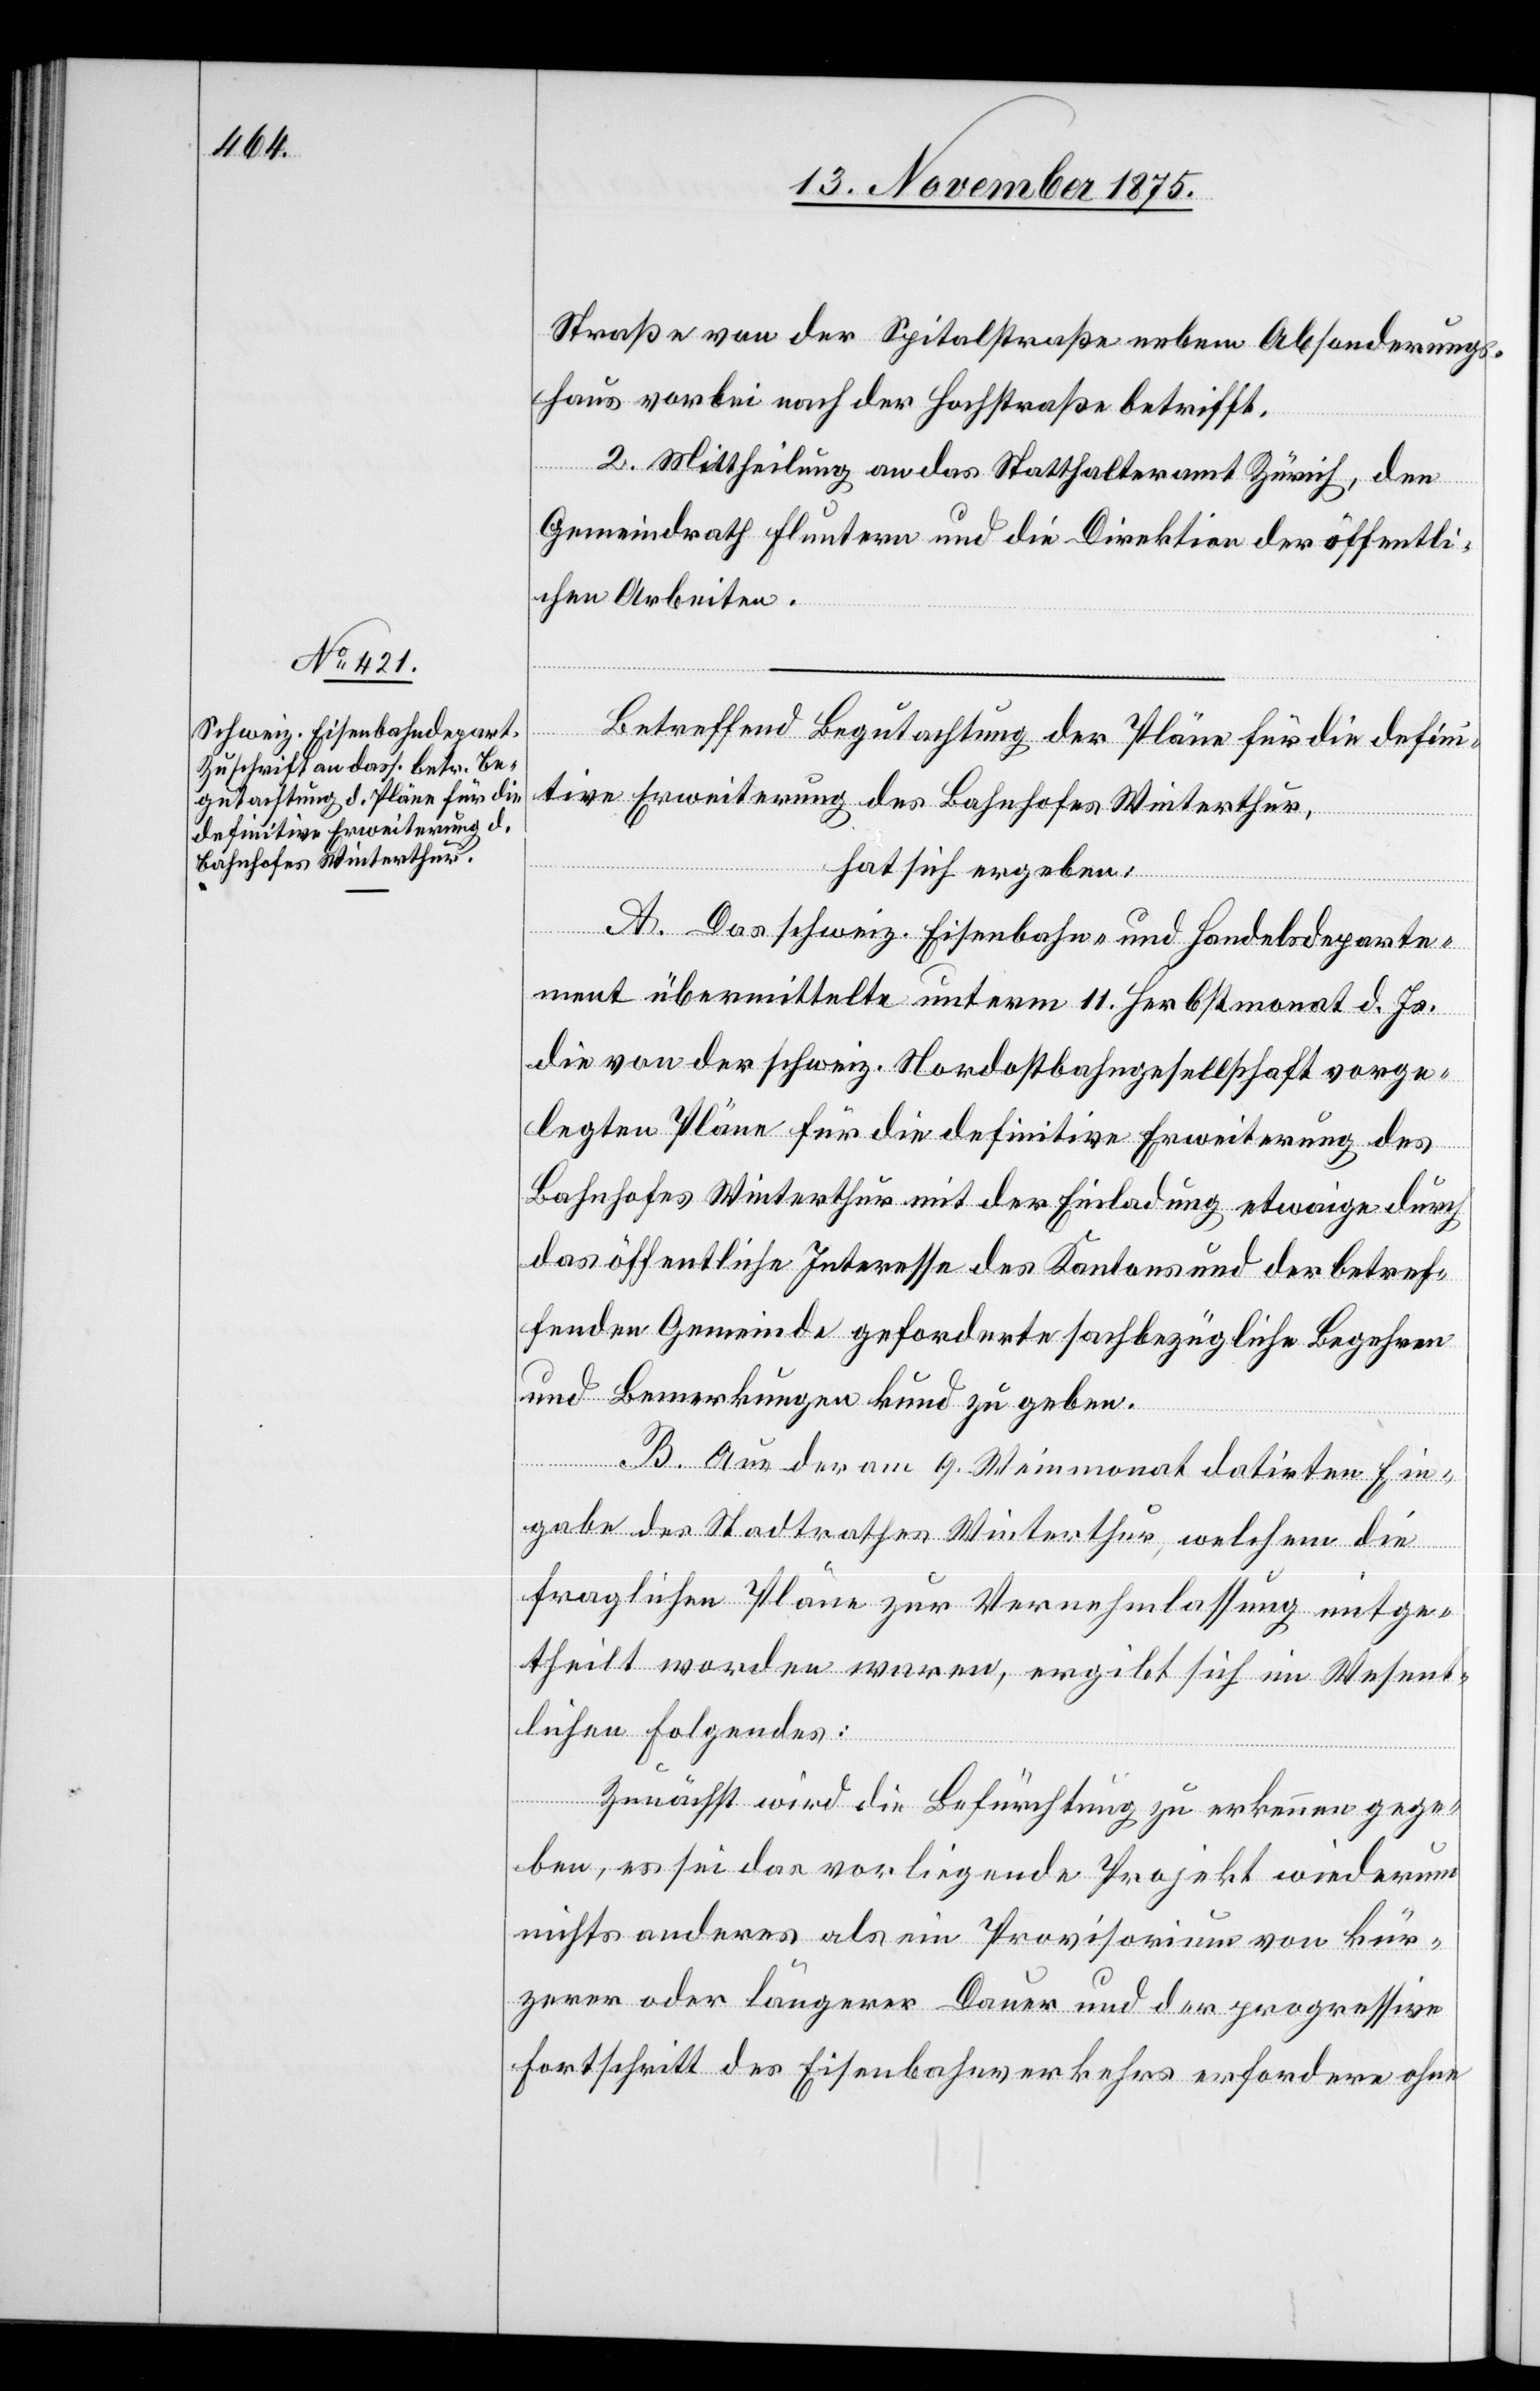
Straße von der Spitalstraße nebem [sic!] Absonderungs¬
haus vorbei nach der Hochstraße betrifft.
2. Mittheilung an das Statthalteramt Zürich, den
Gemeindrath Fluntern und die Direktion der öffentli¬
chen Arbeiten.
Betreffend Begutachtung der Pläne für die defini¬
tive Erweiterung des Bahnhofes Winterthur,
hat sich ergeben:
A. Das schweiz. Eisenbahn- und Handelsdeparte¬
ment übermittelte unterm 11. Herbstmonat d. Js.
die von der schweiz. Nordostbahngesellschaft vorge¬
legten Pläne für die definitive Erweiterung des
Bahnhofes Winterthur mit der Einladung etwaige durch
das öffentliche Interesse des Kantons und der betref¬
fenden Gemeinde geforderte sachbezügliche Begehren
und Bemerkungen kund zu geben.
B. Aus der am 9. Weinmonat datirten Ein¬
gabe des Stadtrathes Winterthur, welchem die
fraglichen Pläne zur Vernehmlassung mitge¬
theilt worden waren, ergibt sich im Wesent¬
lichen Folgendes:
Zunächst wird die Befürchtung zu erkennen gege¬
ben, es sei das vorliegende Projekt wiederum
nichts anderes als ein Provisorium von kür¬
zerer oder längerer Dauer und der progressive
Fortschritt des Eisenbahnverkehrs erfordere ohne